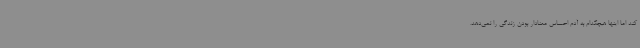
کند اما اینها هیچکدام به آدم احساس معنادار بودن زندگی را نمی‌دهد.